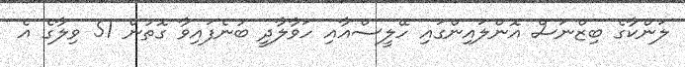
ލަންކާގެ ބިޒްނަސް އޮންލައިންގައި ހޭލީސްއާއި ހަވާލާދީ ބުނެފައިވާ ގޮތުން 51 ވިލާގެ އެ